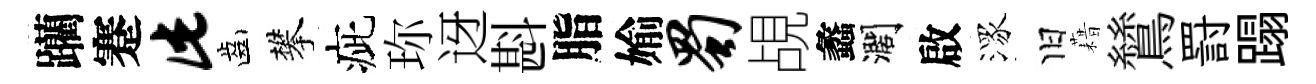
躪蹇此齒攀疵珎迓斟脂媮蜀覘蠡濶啟潈旧藉鷥罸蹋